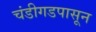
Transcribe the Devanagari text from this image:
चंडीगडपासून